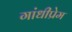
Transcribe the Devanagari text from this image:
गांधीप्रेम